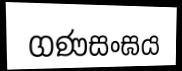
ගණසංඝය